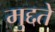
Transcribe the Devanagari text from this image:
मुद्दते